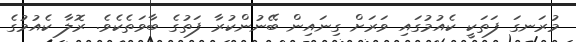
މުރަނގަ ފަތަކީ ކެއުމުގައި ވަރަށް ގިނައިން ބޭނުންކުރާ ފަތުގެ ބާވަތެކެވެ. ރޮލާ ކެއުމުގެ